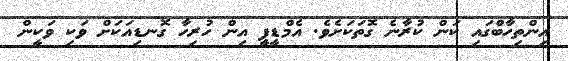
އިންތިހާބްގައި ކަން ކުރާނެ ގޮތަކަށެވެ. އެމްޑީޕީ އިން ހުރިހާ ގޮނޑިއަކަށް ވަކި ވަކީން